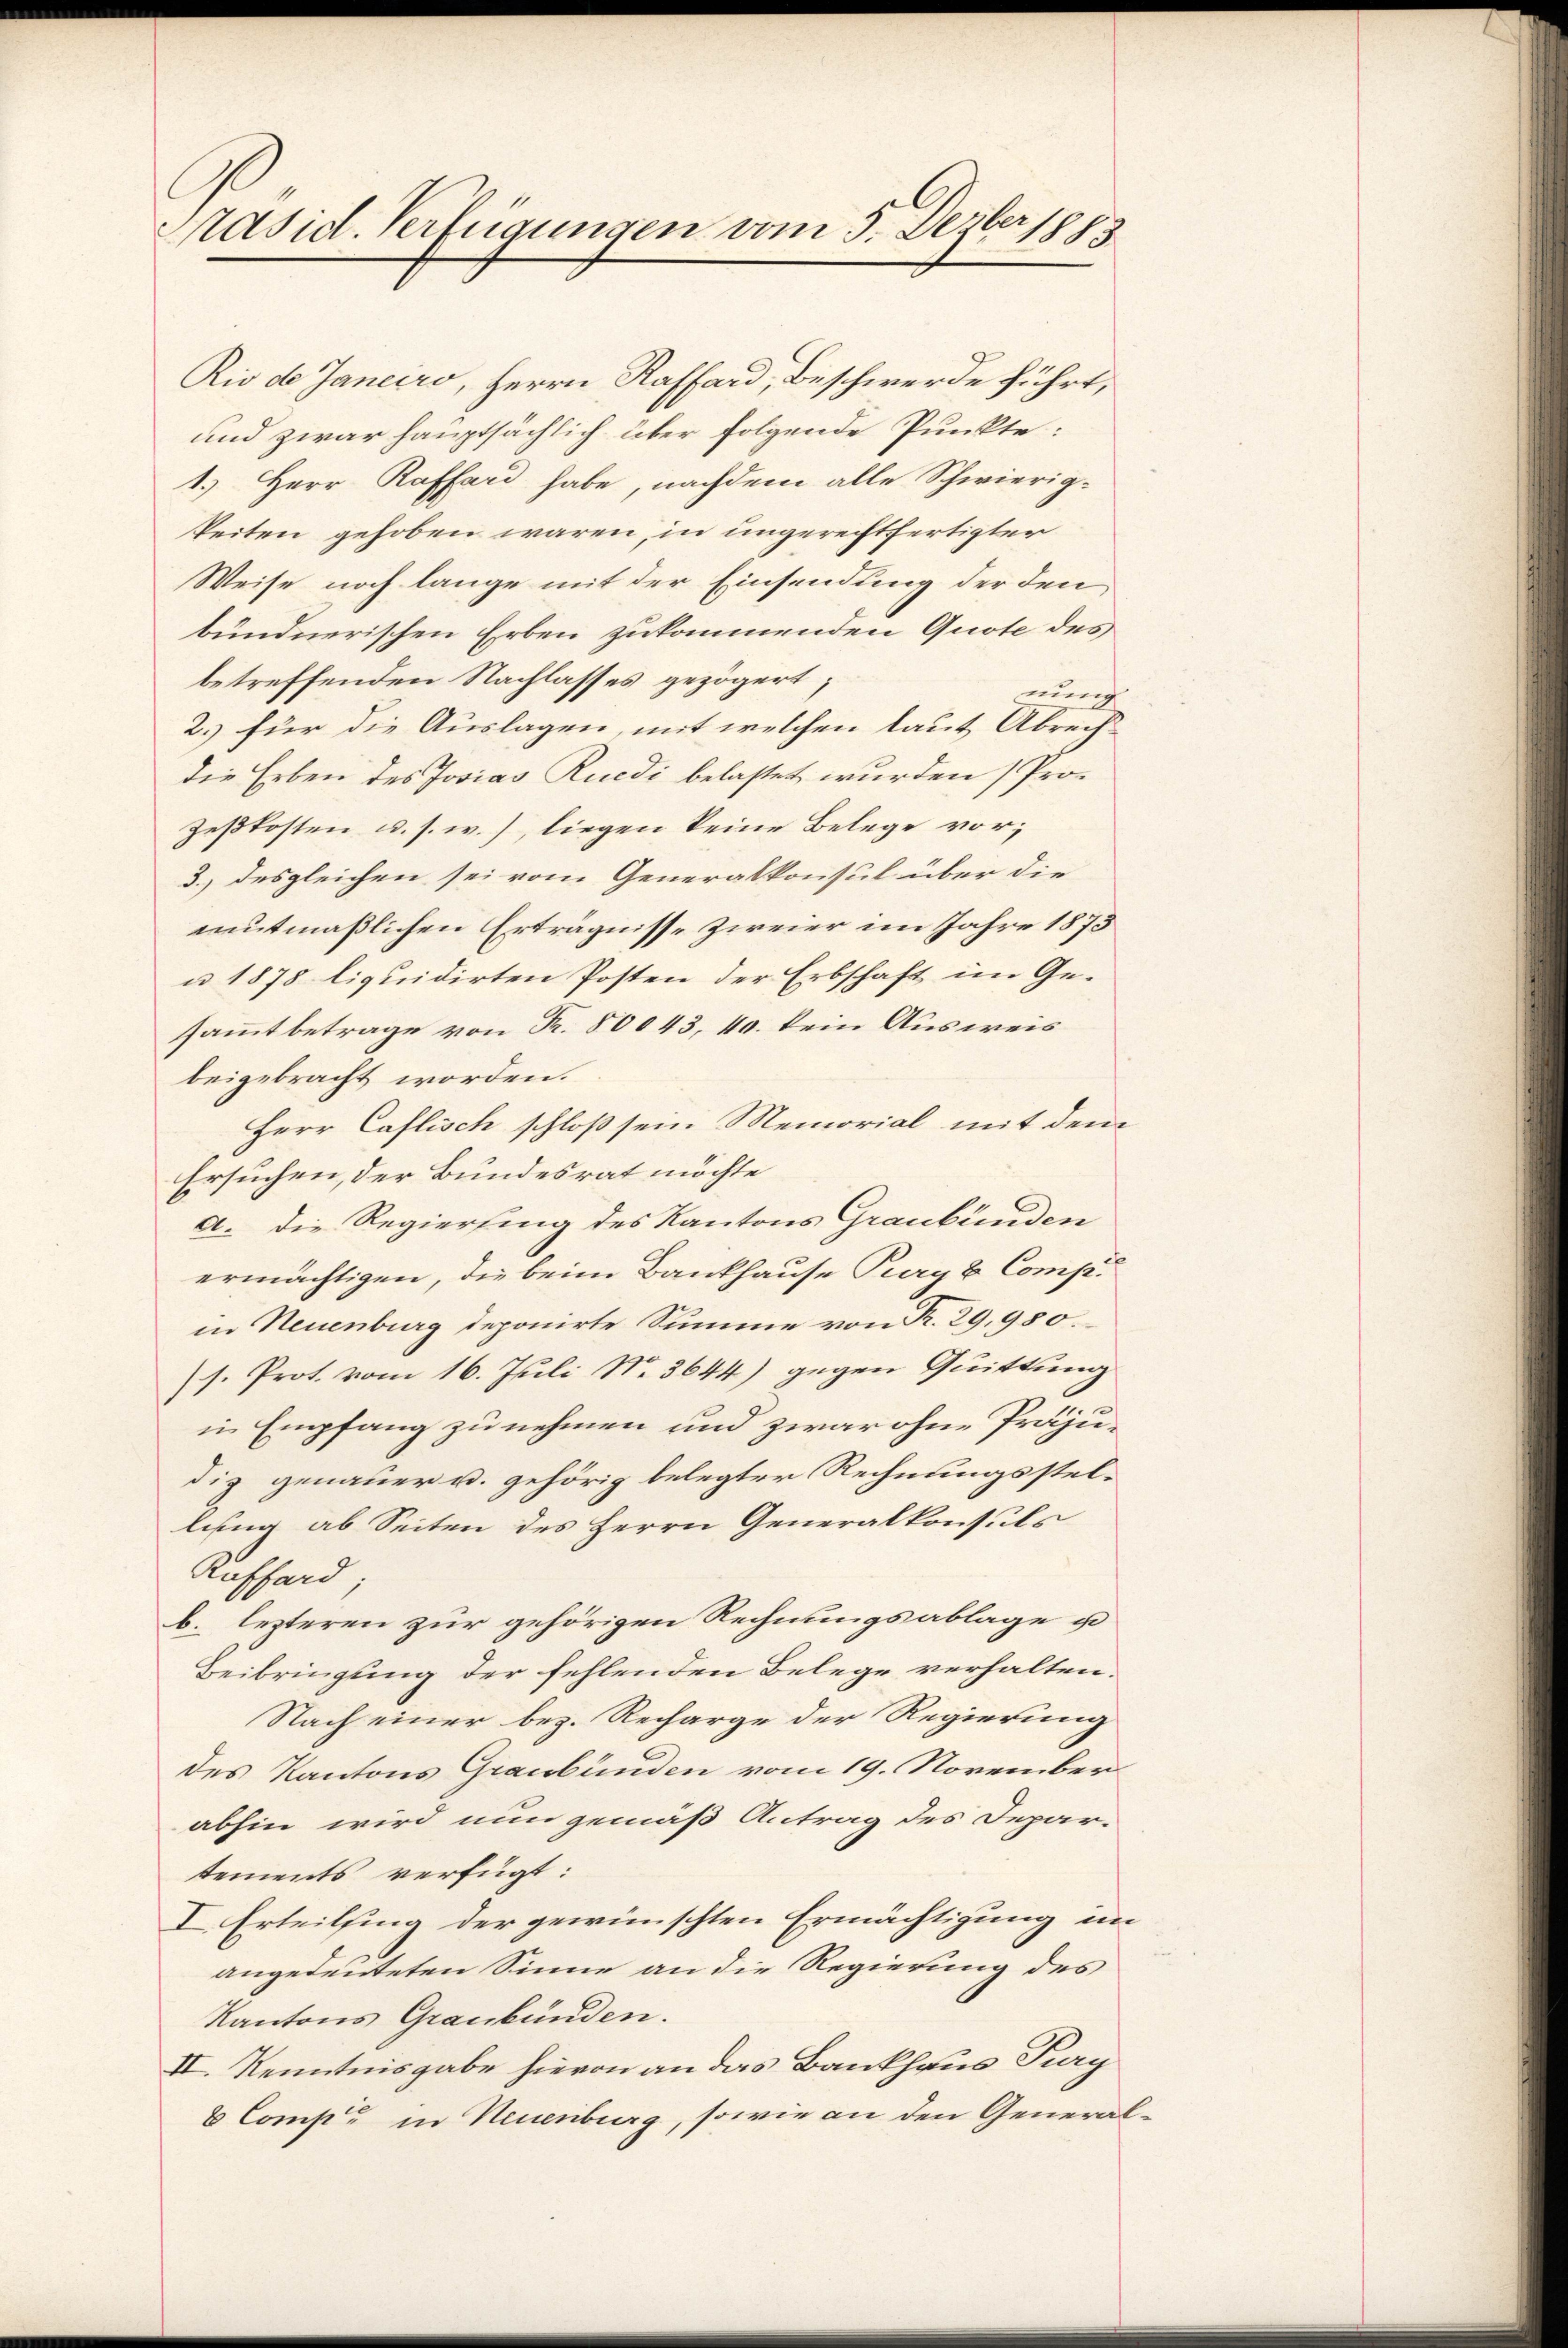
Präsid. Verfügungen vom 5. Dezber 1883

Rio de Janeiro, Herrn Raffard, Beschwerde führt,
und zwar hauptsächlich über folgende Punkte:
1.) Herr Raffard habe, nachdem alle Schwierig-
keiten gehoben wären, in ungerechtfertigter
Weise noch lange mit der Einsendung der den
bündnerischen Erben zukommenden Quote des
betreffenden Nachlasses gezögert;
nung
2.) für die Auslagen, mit welchen laut Abrechdie Erben des Josias Ruedi belastet wurden (Pro-
zeßkosten u. s. w.), liegen keine Belege vor;
3.) desgleichen sei vom Generalkonsul über die
emutmaßlichen Erträgnisse zweier im Jahre 1873
u 1878 liquidirten Posten der Erbschaft im Ge-
sammtbetrage von Fr. 80043, 40. kein Ausweis
beigebracht worden.
Herr Caflisch schloß sein Memorial mit dem
Ersuchen, der Bundesrat möchte
a. Die Regierung des Kantons Graubünden
ermächtigen, die beim Bankhause Pury & Comp.
in Neuenburg deponirte Summe von R. 29,950.
s. Prot. vom 16. Juli N. 3644) gegen Quittung
in Empfang zu nehmen und zwar ohne Präjudiz genauer u. gehörig belegter Rechnungsstel-
lung ab Seiten des Herrn Generalkonsuls
Aufford
b. lezteren zur gehörigen Rechnungsablage u
Beibringung der fehlenden Belege verhalten.
Nach einer bez. Recharge der Regierung
des Kantons Graubünden vom 19. November
abhin wird nun gemäß Antrag des Depar-
tements verfügt:
I Erteilsing der gewünschten Ermächtigung im
angedeuteten Sinne an die Regierung des
Kantons Graubünden.
II. Kenntnisgabe hievon an das Bankhaus Furg
6 Comp. in Neuenburg, sowie an den General¬